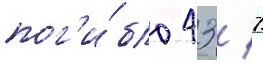
пог'и́бло 43 / 7